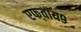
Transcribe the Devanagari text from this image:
एफ्‌वाय९